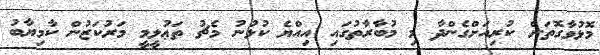
މޮޅުވާގޮތަށް ކުރިއަށްގެންދާ މި މުބާރާތުގައި އިއްޔެ ކުޅުނު މެޗު ތަޢުލީމީ މަރުކަޒުން ކާމިޔާބު